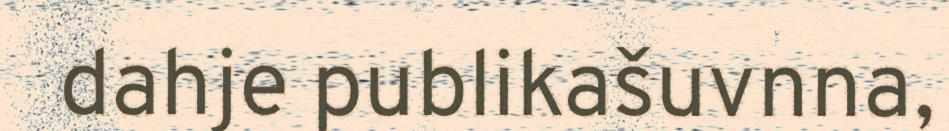
dahje publikašuvnna,